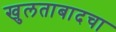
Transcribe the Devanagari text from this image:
खुलताबादचा